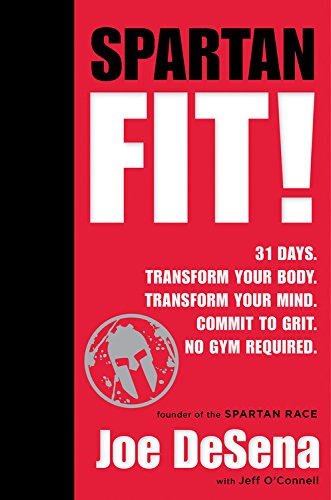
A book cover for Spartan Fit!; Joe De Sena; Sports & Outdoors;